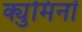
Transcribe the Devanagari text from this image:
क्युमिनॉ